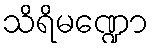
သိရိမဏ္ဍော